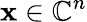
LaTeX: \mathbf{x}\in\mathbb{C}^{n}